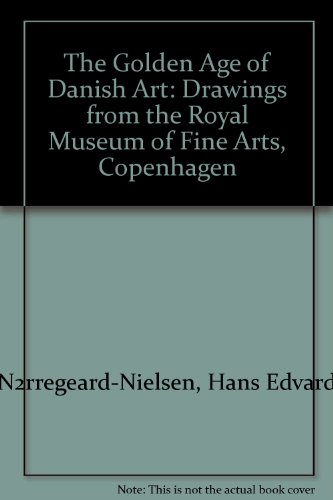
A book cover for The Golden Age of Danish Art: Drawings from the Royal Museum of Fine Arts, Copenhagen; Hans Edvard Nrregard-Nielsen; Travel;